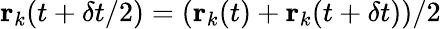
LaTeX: \textbf{r}_{k}(t+\delta t/2)=(\textbf{r}_{k}(t)+\textbf{r}_{k}(t+\delta t))/2